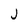
Character: J